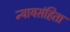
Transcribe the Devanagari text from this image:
न्यायसंहिता